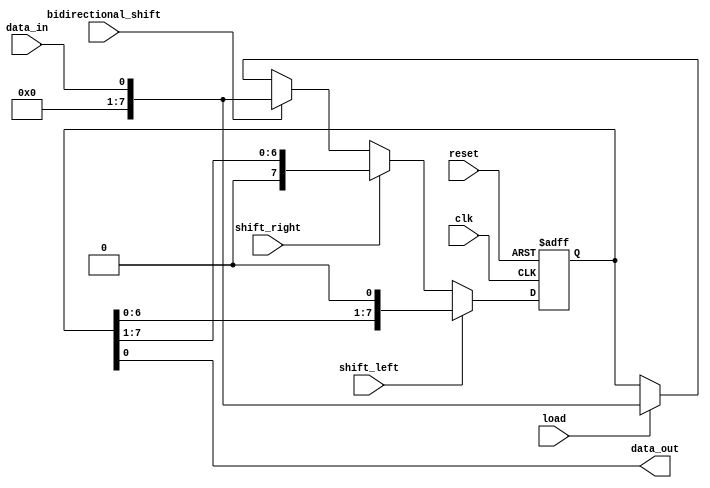
module UniversalShiftRegister (
    input wire clk,
    input wire reset,
    input wire shift_left,
    input wire shift_right,
    input wire bidirectional_shift,
    input wire load,
    input wire data_in,
    output wire data_out
);

reg [7:0] shift_register;

always @(posedge clk or posedge reset) begin
    if (reset)
        shift_register <= 8'b0;
    else if (shift_left)
        shift_register <= {shift_register[6:0], 1'b0};
    else if (shift_right)
        shift_register <= {1'b0, shift_register[7:1]};
    else if (bidirectional_shift)
        shift_register <= data_in;
    else if (load)
        shift_register <= data_in;
end

assign data_out = shift_register;

endmodule